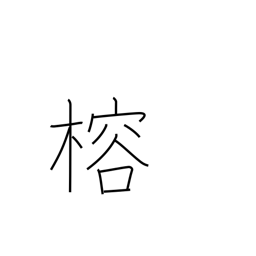
Meaning: evergreen mulberry